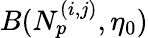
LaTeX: B(N_{p}^{(i,j)},\eta_{0})